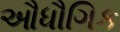
ઔધૌગિક